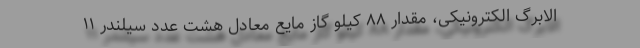
الابرگ الکترونیکی، مقدار ۸۸ کیلو گاز مایع معادل هشت عدد سیلندر ۱۱